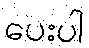
ပေးပါ